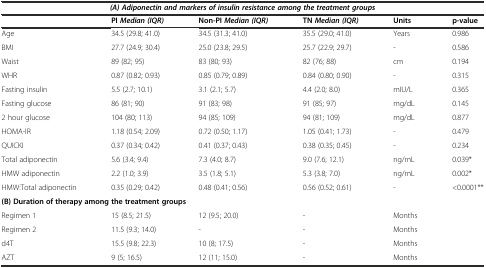
<table><thead><tr><td colspan="6"><b><i>(A) Adiponectin and markers of insulin resistance among the treatment groups</i></b></td></tr><tr><td></td><td><b>PI <i>Median (IQR)</i></b></td><td><b>Non-PI <i>Median (IQR)</i></b></td><td><b>TN <i>Median (IQR)</i></b></td><td><b>Units</b></td><td><b>p-value</b></td></tr></thead><tbody><tr><td>Age</td><td>34.5 (29.8; 41.0)</td><td>34.5 (31.3; 41.0)</td><td>35.5 (29.0; 41.0)</td><td>Years</td><td>0.986</td></tr><tr><td>BMI</td><td>27.7 (24.9; 30.4)</td><td>25.0 (23.8; 29.5)</td><td>25.7 (22.9; 29.7)</td><td>-</td><td>0.586</td></tr><tr><td>Waist</td><td>89 (82; 95)</td><td>83 (80; 93)</td><td>82 (76; 88)</td><td>cm</td><td>0.194</td></tr><tr><td>WHR</td><td>0.87 (0.82; 0.93)</td><td>0.85 (0.79; 0.89)</td><td>0.84 (0.80; 0.90)</td><td>-</td><td>0.315</td></tr><tr><td>Fasting insulin</td><td>5.5 (2.7; 10.1)</td><td>3.1 (2.1; 5.7)</td><td>4.4 (2.0; 8.0)</td><td>mIU/L</td><td>0.365</td></tr><tr><td>Fasting glucose</td><td>86 (81; 90)</td><td>91 (83; 98)</td><td>91 (85; 97)</td><td>mg/dL</td><td>0.145</td></tr><tr><td>2 hour glucose</td><td>104 (80; 113)</td><td>94 (85; 109)</td><td>94 (81; 109)</td><td>mg/dL</td><td>0.877</td></tr><tr><td>HOMA-IR</td><td>1.18 (0.54; 2.09)</td><td>0.72 (0.50; 1.17)</td><td>1.05 (0.41; 1.73)</td><td>-</td><td>0.479</td></tr><tr><td>QUICKI</td><td>0.37 (0.34; 0.42)</td><td>0.41 (0.37; 0.43)</td><td>0.38 (0.35; 0.45)</td><td>-</td><td>0.234</td></tr><tr><td>Total adiponectin</td><td>5.6 (3.4; 9.4)</td><td>7.3 (4.0; 8.7)</td><td>9.0 (7.6; 12.1)</td><td>ng/mL</td><td>0.039*</td></tr><tr><td>HMW adiponectin</td><td>2.2 (1.0; 3.9)</td><td>3.5 (1.8; 5.1)</td><td>5.3 (3.8; 7.0)</td><td>ng/mL</td><td>0.002*</td></tr><tr><td>HMW:Total adiponectin</td><td>0.35 (0.29; 0.42)</td><td>0.48 (0.41; 0.56)</td><td>0.56 (0.52; 0.61)</td><td>-</td><td>&lt;0.0001**</td></tr><tr><td colspan="6"><b>(B) Duration of therapy among the treatment groups</b></td></tr><tr><td>Regimen 1</td><td>15 (8.5; 21.5)</td><td>12 (9.5; 20.0)</td><td>-</td><td>Months</td><td></td></tr><tr><td>Regimen 2</td><td>11.5 (9.3; 14.0)</td><td>-</td><td>-</td><td>Months</td><td></td></tr><tr><td>d4T</td><td>15.5 (9.8; 22.3)</td><td>10 (8; 17.5)</td><td>-</td><td>Months</td><td></td></tr><tr><td>AZT</td><td>9 (5; 16.5)</td><td>12 (11; 15.0)</td><td>-</td><td>Months</td><td></td></tr></tbody></table>